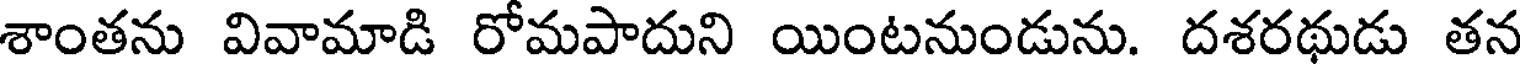
శాంతను వివామాడి రోమపాదుని యింటనుండును. దశరథుడు తన